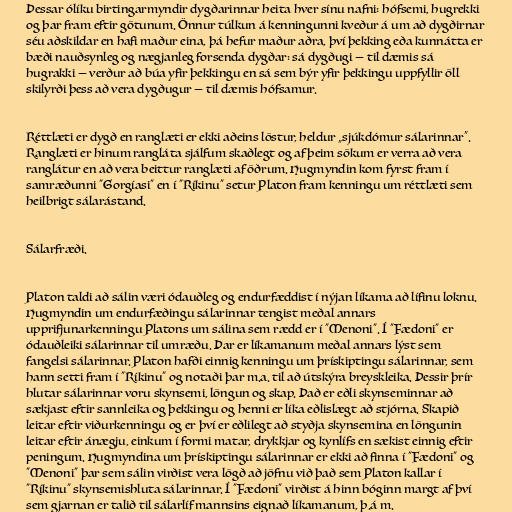
Þessar ólíku birtingarmyndir dygðarinnar heita hver sínu nafni: hófsemi, hugrekki
og þar fram eftir götunum. Önnur túlkun á kenningunni kveður á um að dygðirnar
séu aðskildar en hafi maður eina, þá hefur maður aðra, því þekking eða kunnátta er
bæði nauðsynleg og nægjanleg forsenda dygðar: sá dygðugi — til dæmis sá
hugrakki — verður að búa yfir þekkingu en sá sem býr yfir þekkingu uppfyllir öll
skilyrði þess að vera dygðugur — til dæmis hófsamur.

Réttlæti er dygð en ranglæti er ekki aðeins löstur, heldur „sjúkdómur sálarinnar“.
Ranglæti er hinum rangláta sjálfum skaðlegt og af þeim sökum er verra að vera
ranglátur en að vera beittur ranglæti af öðrum. Hugmyndin kom fyrst fram í
samræðunni "Gorgíasi" en í "Ríkinu" setur Platon fram kenningu um réttlæti sem
heilbrigt sálarástand.

Sálarfræði.

Platon taldi að sálin væri ódauðleg og endurfæddist í nýjan líkama að lífinu loknu.
Hugmyndin um endurfæðingu sálarinnar tengist meðal annars
upprifjunarkenningu Platons um sálina sem rædd er í "Menoni". Í "Fædoni" er
ódauðleiki sálarinnar til umræðu. Þar er líkamanum meðal annars lýst sem
fangelsi sálarinnar. Platon hafði einnig kenningu um þrískiptingu sálarinnar, sem
hann setti fram í "Ríkinu" og notaði þar m.a. til að útskýra breyskleika. Þessir þrír
hlutar sálarinnar voru skynsemi, löngun og skap. Það er eðli skynseminnar að
sækjast eftir sannleika og þekkingu og henni er líka eðlislægt að stjórna. Skapið
leitar eftir viðurkenningu og er því er eðlilegt að styðja skynsemina en löngunin
leitar eftir ánægju, einkum í formi matar, drykkjar og kynlífs en sækist einnig eftir
peningum. Hugmyndina um þrískiptingu sálarinnar er ekki að finna í "Fædoni" og
"Menoni" þar sem sálin virðist vera lögð að jöfnu við það sem Platon kallar í
"Ríkinu" skynsemishluta sálarinnar. Í "Fædoni" virðist á hinn bóginn margt af því
sem gjarnan er talið til sálarlíf mannsins eignað líkamanum, þ.á m.